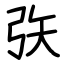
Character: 矤